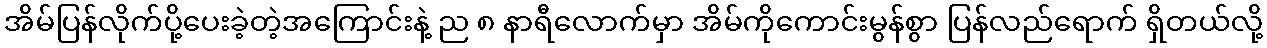
အိမ်ပြန်လိုက်ပို့ပေးခဲ့တဲ့အကြောင်းနဲ့ ည ၈ နာရီလောက်မှာ အိမ်ကိုကောင်းမွန်စွာ ပြန်လည်ရောက် ရှိတယ်လို့